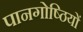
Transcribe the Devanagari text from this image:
पानगोष्ठियों